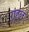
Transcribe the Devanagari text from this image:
राहल